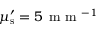
\mu _ { \mathrm { s } } ^ { \prime } = 5 \, \textrm { m m } ^ { - 1 }